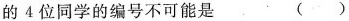
的 4 位同学的编号不可能是 ( )